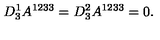
D _ { 3 } ^ { 1 } A ^ { 1 2 3 3 } = D _ { 3 } ^ { 2 } A ^ { 1 2 3 3 } = 0 .